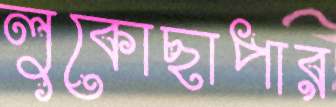
লুকোছাপার